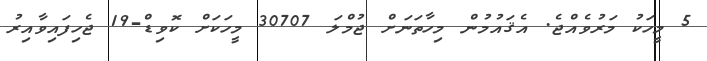
5 މީހަކު މަރުވެއްޖެ. އެޤައުމުން މިހާތަނަށް ޖުމްލަ 30707 މީހަކަށް ކޮވިޑް-19 ޖެހިފައިވާއިރު